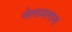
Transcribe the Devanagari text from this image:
वेलामलाना